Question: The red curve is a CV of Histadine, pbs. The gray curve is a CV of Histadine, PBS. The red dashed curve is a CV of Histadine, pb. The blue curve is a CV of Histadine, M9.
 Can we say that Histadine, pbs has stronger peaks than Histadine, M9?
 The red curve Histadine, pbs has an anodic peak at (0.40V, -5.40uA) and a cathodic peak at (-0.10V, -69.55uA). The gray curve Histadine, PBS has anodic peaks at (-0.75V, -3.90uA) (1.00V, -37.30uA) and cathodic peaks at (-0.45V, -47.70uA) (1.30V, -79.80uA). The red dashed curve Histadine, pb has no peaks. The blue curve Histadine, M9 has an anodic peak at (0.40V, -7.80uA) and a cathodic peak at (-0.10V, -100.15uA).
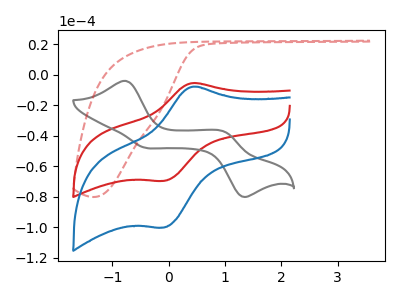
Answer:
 <answer>The peaks in "Histadine, pbs" are neither all higher or all lower than the peaks in "Histadine, M9".</answer>
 <eval>mixed</eval>